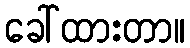
ခေါ်ထားတာ။